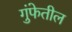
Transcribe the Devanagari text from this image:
गुंफेतील